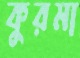
কুরমা